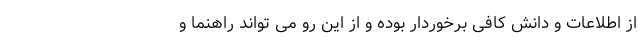
از اطلاعات و دانش کافی برخوردار بوده و از این رو می تواند راهنما و